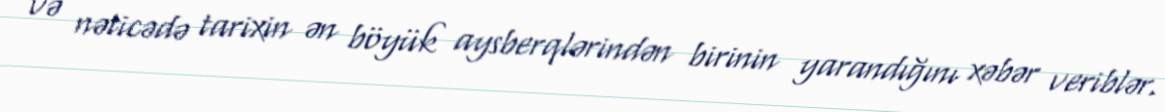
və nəticədə tarixin ən böyük aysberqlərindən birinin yarandığını xəbər veriblər.